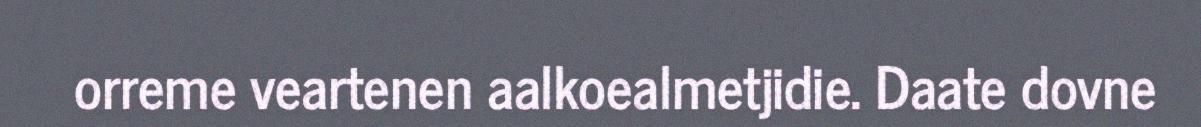
orreme veartenen aalkoealmetjidie. Daate dovne